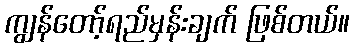
ကျွန်တော့်ရည်မှန်းချက် ဖြစ်တယ်။